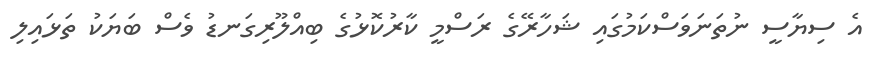
އެ ސިޔާސީ ނުތަނަވަސްކަމުގައި ޝަހާރޭގެ ރަސްމީ ކާރުކޮޅުގެ ބިއްލޫރިގަނޑު ވެސް ބަޔަކު ތަޅައިލި